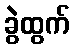
ခွဲထွက်